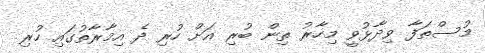
މުސްތަފާ ވިދާޅުވީ މިހާރު ތިން ބުރި އަށް ހުރި ދެ އިމާރާތުގައި ހުރި